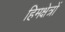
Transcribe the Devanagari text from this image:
हिमक्षेत्रों